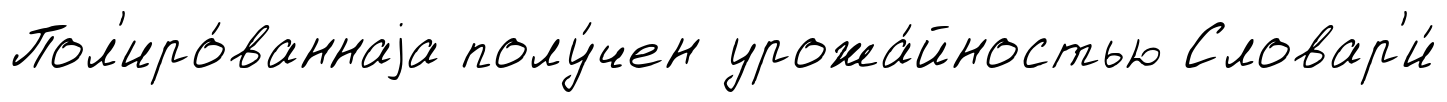
Пол'иро́ваннаjа полу́чен урожа́йностью Словар'и́